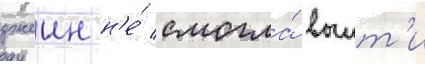
джеин н'е́ смогла́ выит'и